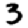
Digit: 3